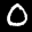
Label: 0